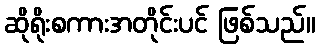
ဆိုရိုးစကားအတိုင်းပင် ဖြစ်သည်။